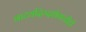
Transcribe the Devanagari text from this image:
नाट्यदिग्दर्शनाचीही